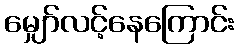
မျှော်လင့်နေကြောင်း